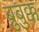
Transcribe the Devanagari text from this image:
ब्रुबुक्क